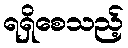
ရရှိစေသည့်